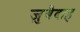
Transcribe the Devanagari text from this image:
ज़ुबैदाह